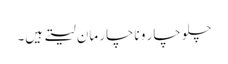
چلو چار و ناچار مان لیتے ہیں۔